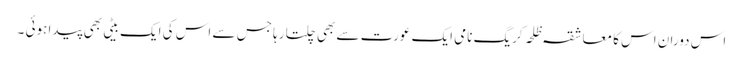
اس دوران اس کا معاشقہ ظلحہ کریگ نامی ایک عورت سے بھی چلتا رہا جس سے اس کی ایک بیٹی بھی پیدا ہوئی ۔